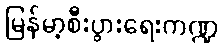
မြန်မာ့စီးပွားရေးကဏ္ဍ